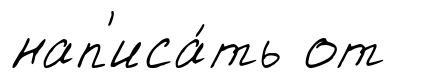
нап'иса́ть от